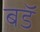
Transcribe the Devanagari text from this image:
बडॅ